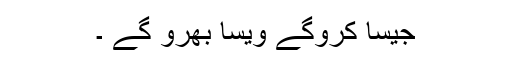
جیسا کروگے ویسا بھرو گے ۔